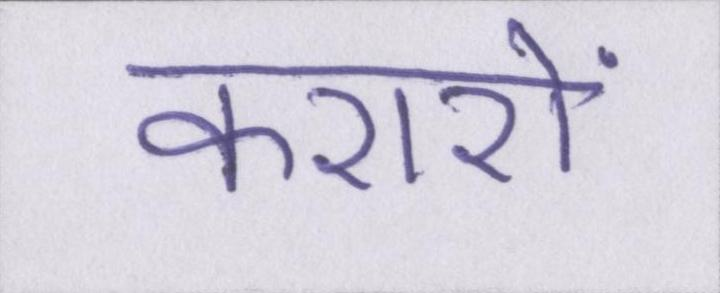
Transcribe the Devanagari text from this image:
करारों